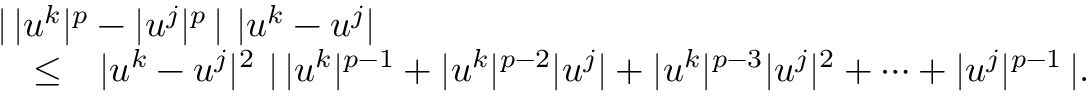
\begin{array} { r l r } { \lefteqn { | \, | u ^ { k } | ^ { p } - | u ^ { j } | ^ { p } \, | \ | u ^ { k } - u ^ { j } | } } \\ & { \leq } & { | u ^ { k } - u ^ { j } | ^ { 2 } \ | \, | u ^ { k } | ^ { p - 1 } + | u ^ { k } | ^ { p - 2 } | u ^ { j } | + | u ^ { k } | ^ { p - 3 } | u ^ { j } | ^ { 2 } + \cdots + | u ^ { j } | ^ { p - 1 } \, | . } \end{array}